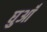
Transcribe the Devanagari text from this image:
घुआँ